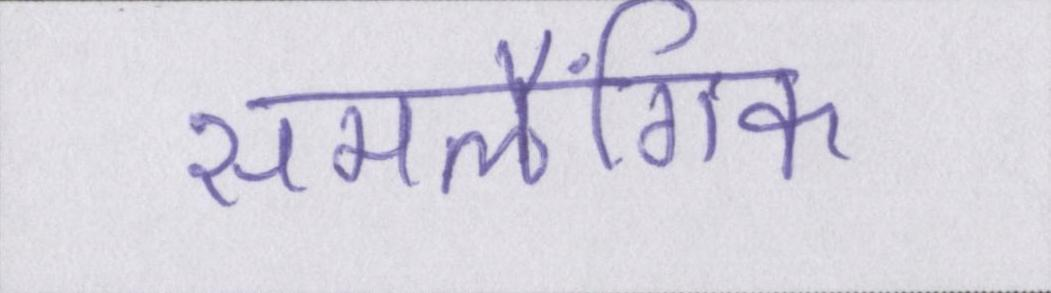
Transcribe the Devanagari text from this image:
समलैंगिक